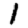
Digit: 1